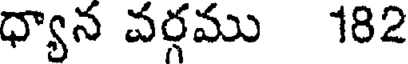
ధ్యాన వర్గము 182